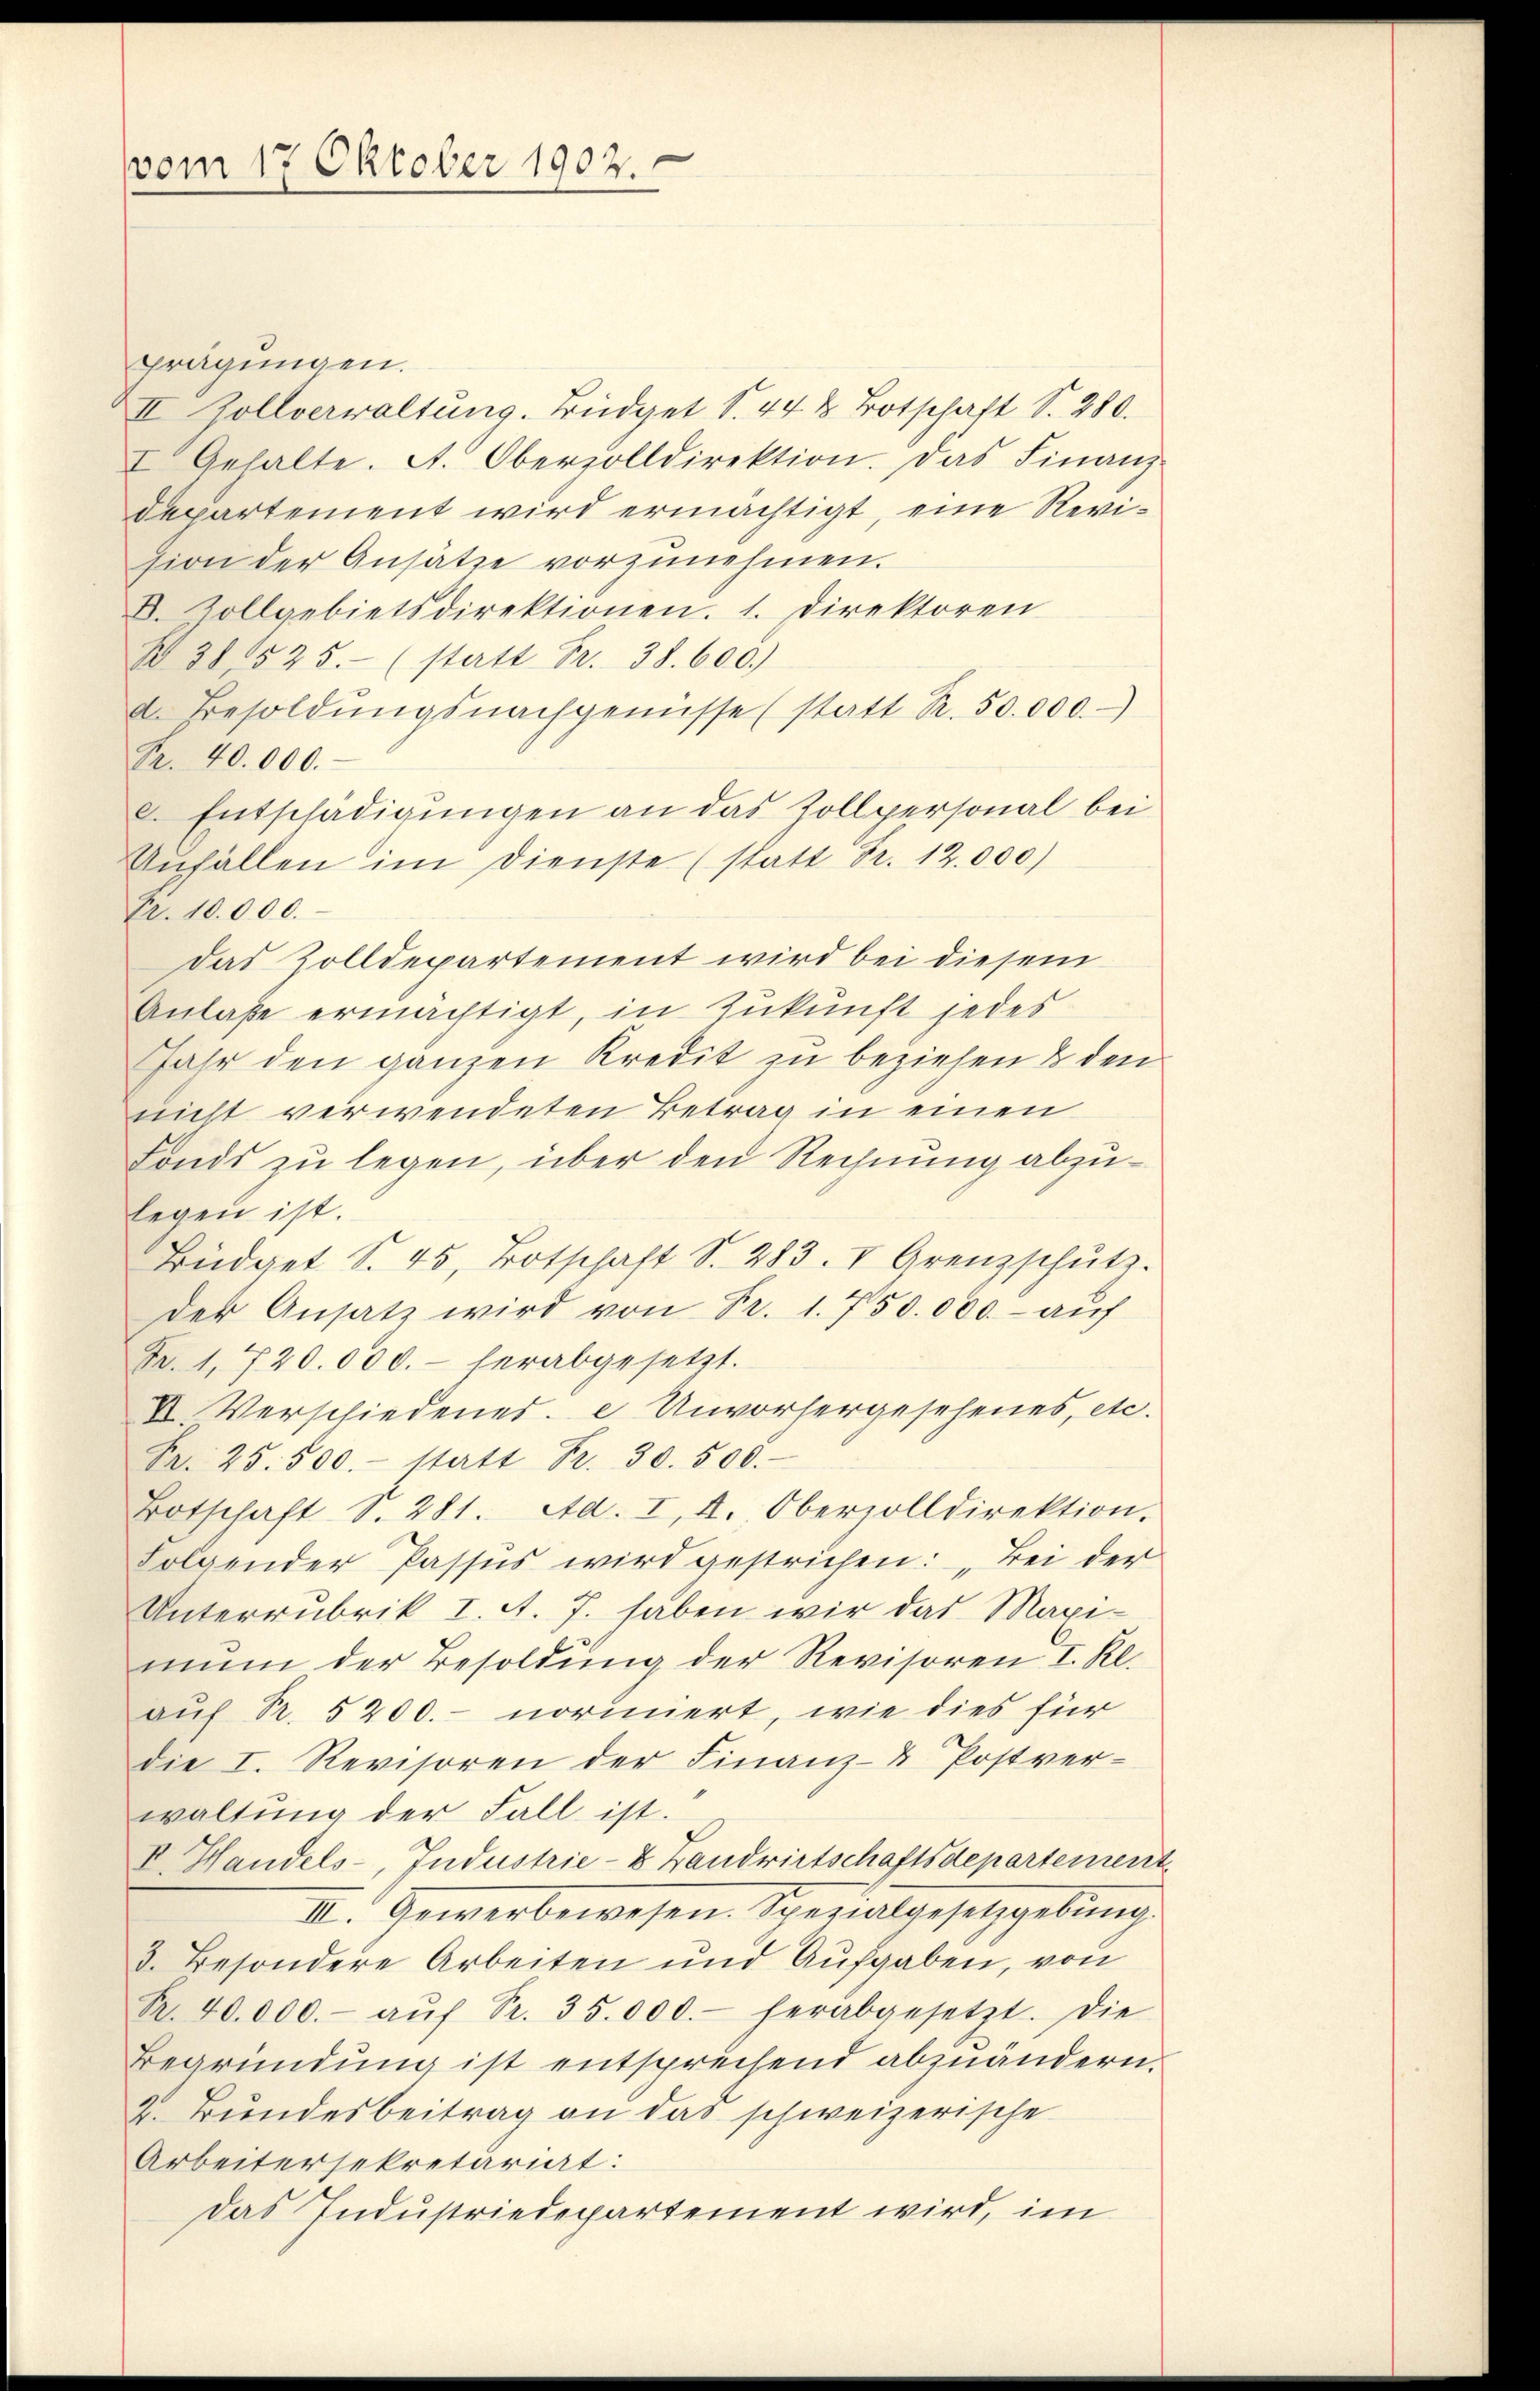
vom 17 Oktober 1902.

prägungen.
II Zollverwaltung. Büdget S. 44 & Botschaft S. 280.
I Gehalte. A. Oberzolldirektion. Das Finanz-
departement wird ermächtigt, eine Revision der Ansätze vorzunehmen.
D. Zollgebietsdirektionen. 1. Direktoren
B 38, 525. (statt Fr. 38. 600.)
d. Besoldŭngsnachgenüsse (statt R. 50.000.
Pr. 40.000.
. Entschädigungen an das Zollpersonal bei
Aŭfällen im Dienste (statt Fr. 12,000)
Fr. 10.000.
das Zolldepartement wird bei diesem
Anlaße ermächtigt, in Zukunft jedes
Jahr den ganzen Kredit zu beziehen & den
nicht verwendeten Betrag in einen
Fonds zu legen, über den Rechnung abzulegen ist.
Büdget S. 45, Botschaft S. 283. V Grenzschŭtz.
der Ansatz wird von Fr. 1. 750.000.- auf
Fr. 1, 720.000.- herabgesetzt.
VI. Verschiedenes. e Unvorhergesehenes, etc.
Br. 25. 500.- statt Fr. 30. 500.
Botschaft S. 281. Ad. I, I. Oberzolldirektion.
Folgender Passus wird gestrichen: „Bei der
Unterrubrik I. A. J. haben wir das Maxi-
mun der Besoldung der Revisoren I. Kl.
auf Pr. 5200.- normiert, wie dies für
die I. Revisoren der Finanz- & Postver-
waltung der Fall ist.
V. Handels- Jndustrie-8 Bandwirtschaftsdepartement
II. Gewerbewesen. Spezialgesetzgebung.
3. Besondere Arbeiten und Aufgaben, von
R. 40.000.- aŭf Sr. 35.000.- herabgesetzt. Die
Begründung ist entsprechend abzuändern.
2. Bundesbeitrag an das schweizerische
Arbeitersekretariat:
das Industriedepartement wird, im